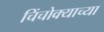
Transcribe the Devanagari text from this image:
चिंचोक्याच्या